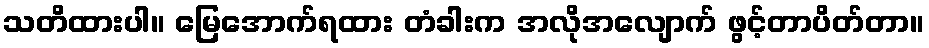
သတိထားပါ။ မြေအောက်ရထား တံခါးက အလိုအလျောက် ဖွင့်တာပိတ်တာ။